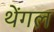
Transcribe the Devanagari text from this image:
थेंगल